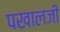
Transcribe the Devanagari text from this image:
पखालजी